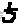
Text: 5